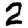
Digit: 2